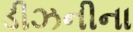
ડીઝનીના